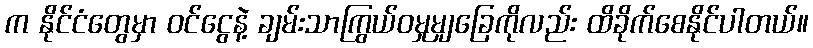
က နိုင်ငံတွေမှာ ၀င်ငွေနဲ့ ချမ်းသာကြွယ်ဝမှုမျှခြေကိုလည်း ထိခိုက်စေနိုင်ပါတယ်။